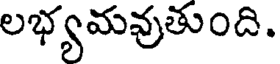
లభ్యమవుతుంది.